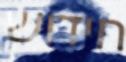
חידוש